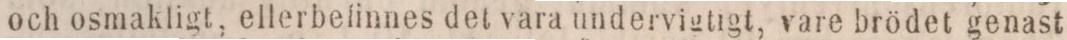
och osmakligt, ellerbefinnes det vara undervigtigt, vare brödet genast